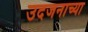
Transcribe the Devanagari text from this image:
उदजनाच्या